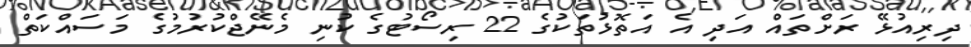
ދިރިއުޅޭ ރަށްތައް އަދި އެ އަތޮޅުތަކުގެ 22 ރިސޯޓުގެ ކުނި މެނޭޖްކުރުމުގެ މަސައްކަތް